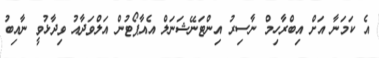
އެ ކަމަނާ އަށް އިބްރާހިމް ނާސިރު އިންޓަނޭޝަނަލް އެއާޕޯޓުން އަލްވަދާއު ވިދާޅުވީ ނާއިބު